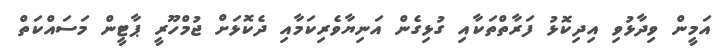
އަމީން ވިދާޅުވި އިދިކޮޅު ފަރާތްތަކާއި ގުޅިގެން އަނިޔާވެރިކަމާއި ދެކޮޅަށް ޖުމްހޫރީ ޕާޓީން މަސައްކަތް